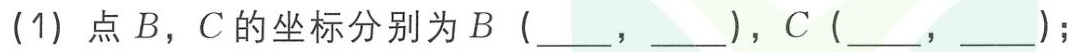
(1) 点 \(B\)，\(C\) 的坐标分别为 \(B\) (  ，  )，\(C\) (  ，  )；